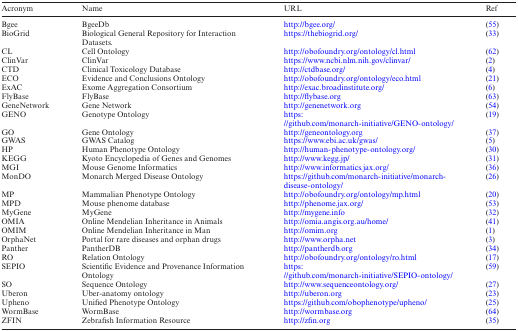
<table><thead><tr><td><b>Acronym</b></td><td><b>Name</b></td><td><b>URL</b></td><td><b>Ref</b></td></tr></thead><tbody><tr><td>Bgee</td><td>BgeeDb</td><td>http://bgee.org/</td><td>(55)</td></tr><tr><td>BioGrid</td><td>Biological General Repository for Interaction Datasets.</td><td>https://thebiogrid.org/</td><td>(33)</td></tr><tr><td>CL</td><td>Cell Ontology</td><td>http://obofoundry.org/ontology/cl.html</td><td>(62)</td></tr><tr><td>ClinVar</td><td>ClinVar</td><td>https://www.ncbi.nlm.nih.gov/clinvar/</td><td>(2)</td></tr><tr><td>CTD</td><td>Clinical Toxicology Database</td><td>http://ctdbase.org/</td><td>(4)</td></tr><tr><td>ECO</td><td>Evidence and Conclusions Ontology</td><td>http://obofoundry.org/ontology/eco.html</td><td>(21)</td></tr><tr><td>ExAC</td><td>Exome Aggregation Consortium</td><td>http://exac.broadinstitute.org/</td><td>(6)</td></tr><tr><td>FlyBase</td><td>FlyBase</td><td>http://flybase.org</td><td>(63)</td></tr><tr><td>GeneNetwork</td><td>Gene Network</td><td>http://genenetwork.org</td><td>(54)</td></tr><tr><td>GENO</td><td>Genotype Ontology</td><td>https://github.com/monarch-initiative/GENO-ontology/</td><td>(19)</td></tr><tr><td>GO</td><td>Gene Ontology</td><td>http://geneontology.org</td><td>(37)</td></tr><tr><td>GWAS</td><td>GWAS Catalog</td><td>https://www.ebi.ac.uk/gwas/</td><td>(5)</td></tr><tr><td>HP</td><td>Human Phenotype Ontology</td><td>http://human-phenotype-ontology.org/</td><td>(30)</td></tr><tr><td>KEGG</td><td>Kyoto Encyclopedia of Genes and Genomes</td><td>http://www.kegg.jp/</td><td>(31)</td></tr><tr><td>MGI</td><td>Mouse Genome Informatics</td><td>http://www.informatics.jax.org/</td><td>(36)</td></tr><tr><td>MonDO</td><td>Monarch Merged Disease Ontology</td><td>https://github.com/monarch-initiative/monarch-disease-ontology/</td><td>(26)</td></tr><tr><td>MP</td><td>Mammalian Phenotype Ontology</td><td>http://obofoundry.org/ontology/mp.html</td><td>(20)</td></tr><tr><td>MPD</td><td>Mouse phenome database</td><td>http://phenome.jax.org/</td><td>(53)</td></tr><tr><td>MyGene</td><td>MyGene</td><td>http://mygene.info</td><td>(32)</td></tr><tr><td>OMIA</td><td>Online Mendelian Inheritance in Animals</td><td>http://omia.angis.org.au/home/</td><td>(41)</td></tr><tr><td>OMIM</td><td>Online Mendelian Inheritance in Man</td><td>http://omim.org</td><td>(1)</td></tr><tr><td>OrphaNet</td><td>Portal for rare diseases and orphan drugs</td><td>http://www.orpha.net</td><td>(3)</td></tr><tr><td>Panther</td><td>PantherDB</td><td>http://pantherdb.org</td><td>(34)</td></tr><tr><td>RO</td><td>Relation Ontology</td><td>http://obofoundry.org/ontology/ro.html</td><td>(17)</td></tr><tr><td>SEPIO</td><td>Scientific Evidence and Provenance Information Ontology</td><td>https://github.com/monarch-initiative/SEPIO-ontology/</td><td>(59)</td></tr><tr><td>SO</td><td>Sequence Ontology</td><td>http://www.sequenceontology.org/</td><td>(27)</td></tr><tr><td>Uberon</td><td>Uber-anatomy ontology</td><td>http://uberon.org</td><td>(23)</td></tr><tr><td>Upheno</td><td>Unified Phenotype Ontology</td><td>https://github.com/obophenotype/upheno/</td><td>(25)</td></tr><tr><td>WormBase</td><td>WormBase</td><td>http://wormbase.org</td><td>(64)</td></tr><tr><td>ZFIN</td><td>Zebrafish Information Resource</td><td>http://zfin.org</td><td>(35)</td></tr></tbody></table>